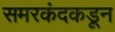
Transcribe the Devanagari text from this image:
समरकंदकडून